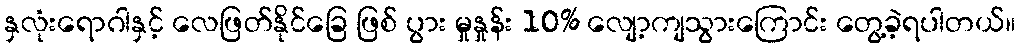
နှလုံးရောဂါနှင့် လေဖြတ်နိုင်ခြေ ဖြစ် ပွား မှုနှုန်း 10% လျော့ကျသွားကြောင်း တွေ့ခဲ့ရပါတယ်။